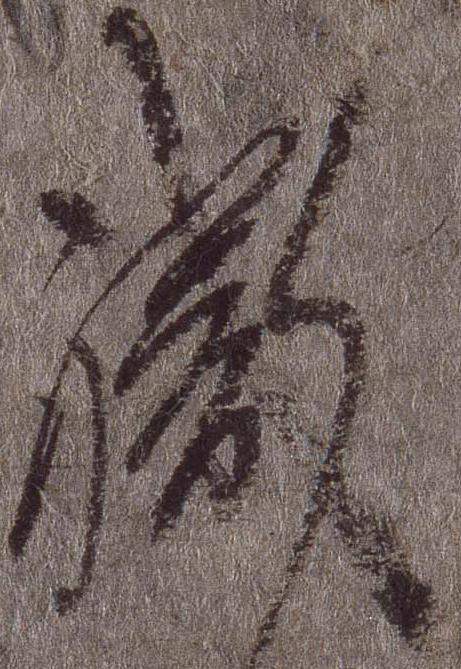
職